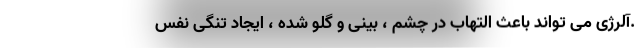
.آلرژی می تواند باعث التهاب در چشم ، بینی و گلو شده ، ایجاد تنگی نفس